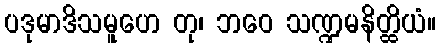
ပဒုမာဒိသမူဟေ တု၊ ဘဝေ သဏ္ဍမနိတ္ထိယံ။